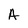
Character: A